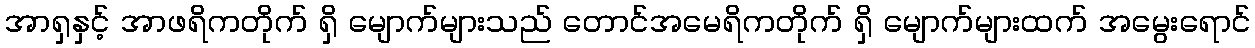
အာရှနှင့် အာဖရိကတိုက် ရှိ မျောက်များသည် တောင်အမေရိကတိုက် ရှိ မျောက်များထက် အမွေးရောင်